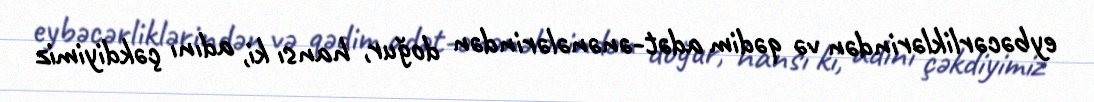
eybəcərliklərindən və qədim adət-ənənələrindən doğur, hansı ki, adını çəkdiyimiz